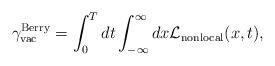
LaTeX: \begin{align*}{\gamma}_{\rm vac}^{\rm Berry} = \int_{0}^{T} dt\int_{- \infty}^{\infty} dx {\cal L}_{\rm nonlocal}(x,t),\end{align*}